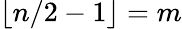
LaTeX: \lfloor n/2-1\rfloor=m